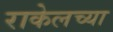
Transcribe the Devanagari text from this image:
राकेलच्या